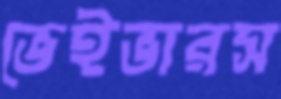
ভেইভারস